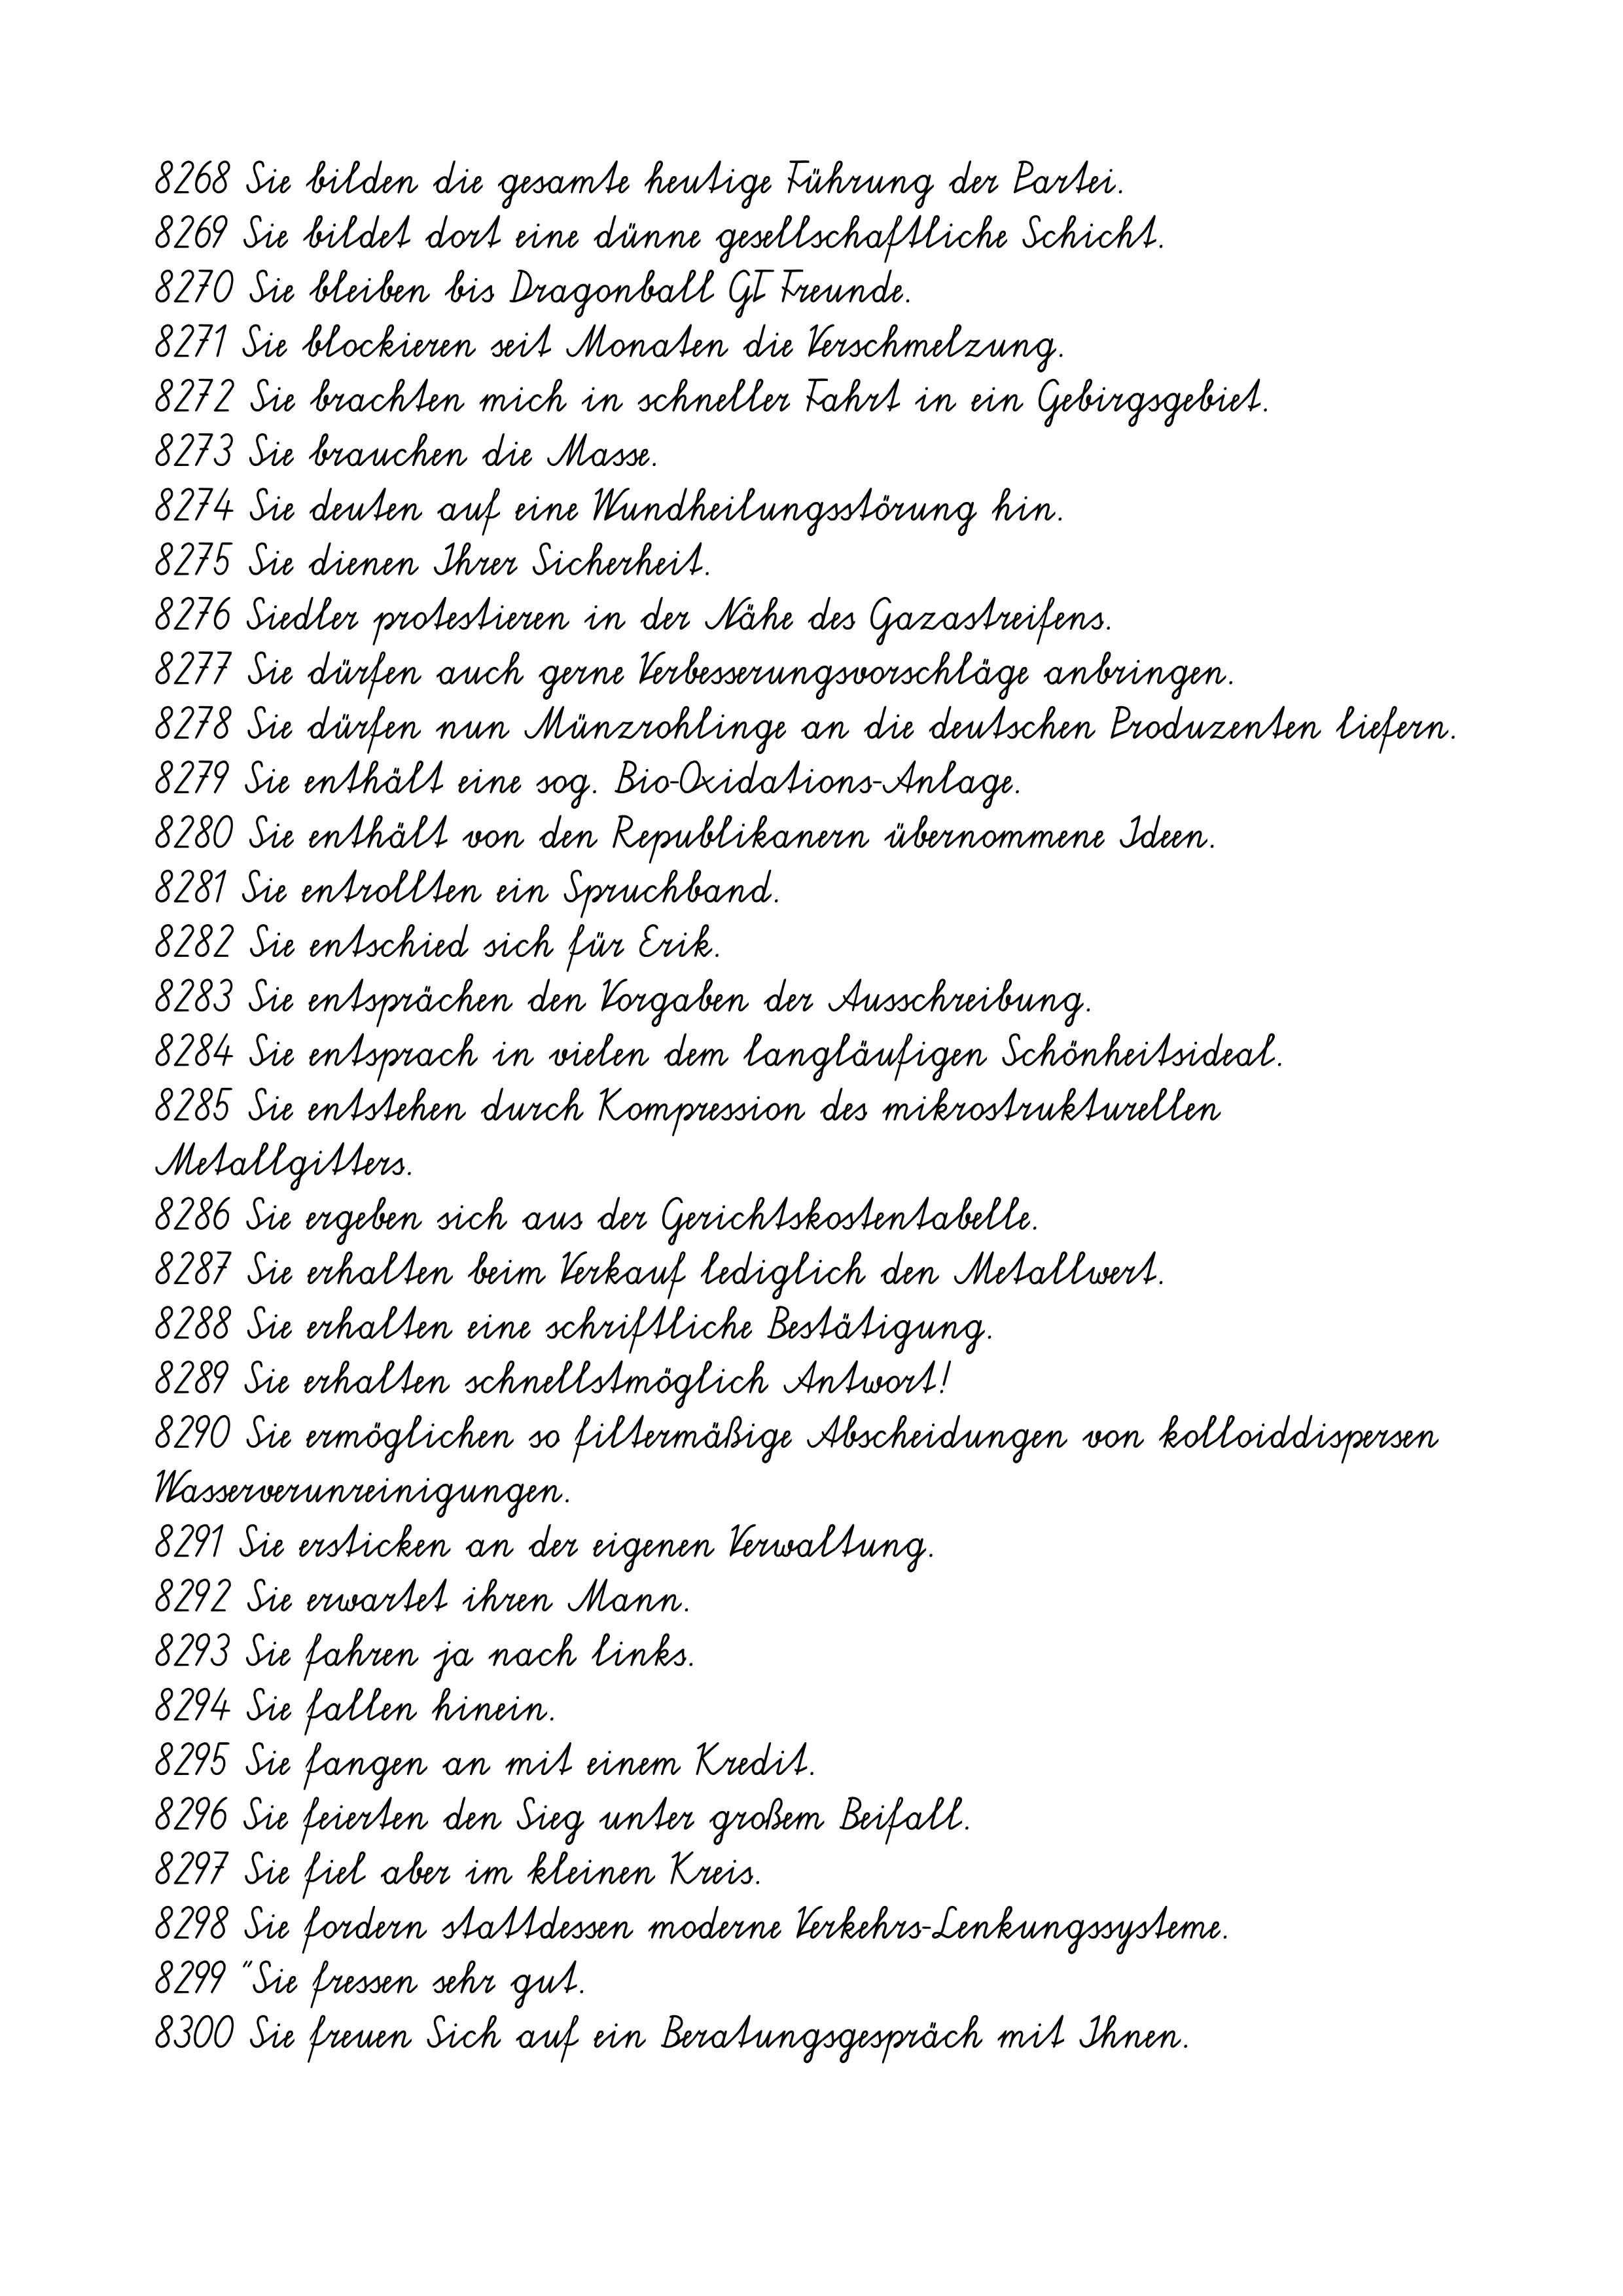
8268 Sie bilden die gesamte heutige Führung der Partei.
8269 Sie bildet dort eine dünne gesellschaftliche Schicht.
8270 Sie bleiben bis Dragonball GT Freunde.
8271 Sie blockieren seit Monaten die Verschmelzung.
8272 Sie brachten mich in schneller Fahrt in ein Gebirgsgebiet.
8273 Sie brauchen die Masse.
8274 Sie deuten auf eine Wundheilungsstörung hin.
8275 Sie dienen Ihrer Sicherheit.
8276 Siedler protestieren in der Nähe des Gazastreifens.
8277 Sie dürfen auch gerne Verbesserungsvorschläge anbringen.
8278 Sie dürfen nun Münzrohlinge an die deutschen Produzenten liefern.
8279 Sie enthält eine sog. Bio-Oxidations-Anlage.
8280 Sie enthält von den Republikanern übernommene Ideen.
8281 Sie entrollten ein Spruchband.
8282 Sie entschied sich für Erik.
8283 Sie entsprächen den Vorgaben der Ausschreibung.
8284 Sie entsprach in vielen dem langläufigen Schönheitsideal.
8285 Sie entstehen durch Kompression des mikrostrukturellen
Metallgitters.
8286 Sie ergeben sich aus der Gerichtskostentabelle.
8287 Sie erhalten beim Verkauf lediglich den Metallwert.
8288 Sie erhalten eine schriftliche Bestätigung.
8289 Sie erhalten schnellstmöglich Antwort!
8290 Sie ermöglichen so filtermäßige Abscheidungen von kolloiddispersen
Wasserverunreinigungen.
8291 Sie ersticken an der eigenen Verwaltung.
8292 Sie erwartet ihren Mann.
8293 Sie fahren ja nach links.
8294 Sie fallen hinein.
8295 Sie fangen an mit einem Kredit.
8296 Sie feierten den Sieg unter großem Beifall.
8297 Sie fiel aber im kleinen Kreis.
8298 Sie fordern stattdessen moderne Verkehrs-Lenkungssysteme.
8299 "Sie fressen sehr gut.
8300 Sie freuen Sich auf ein Beratungsgespräch mit Ihnen.